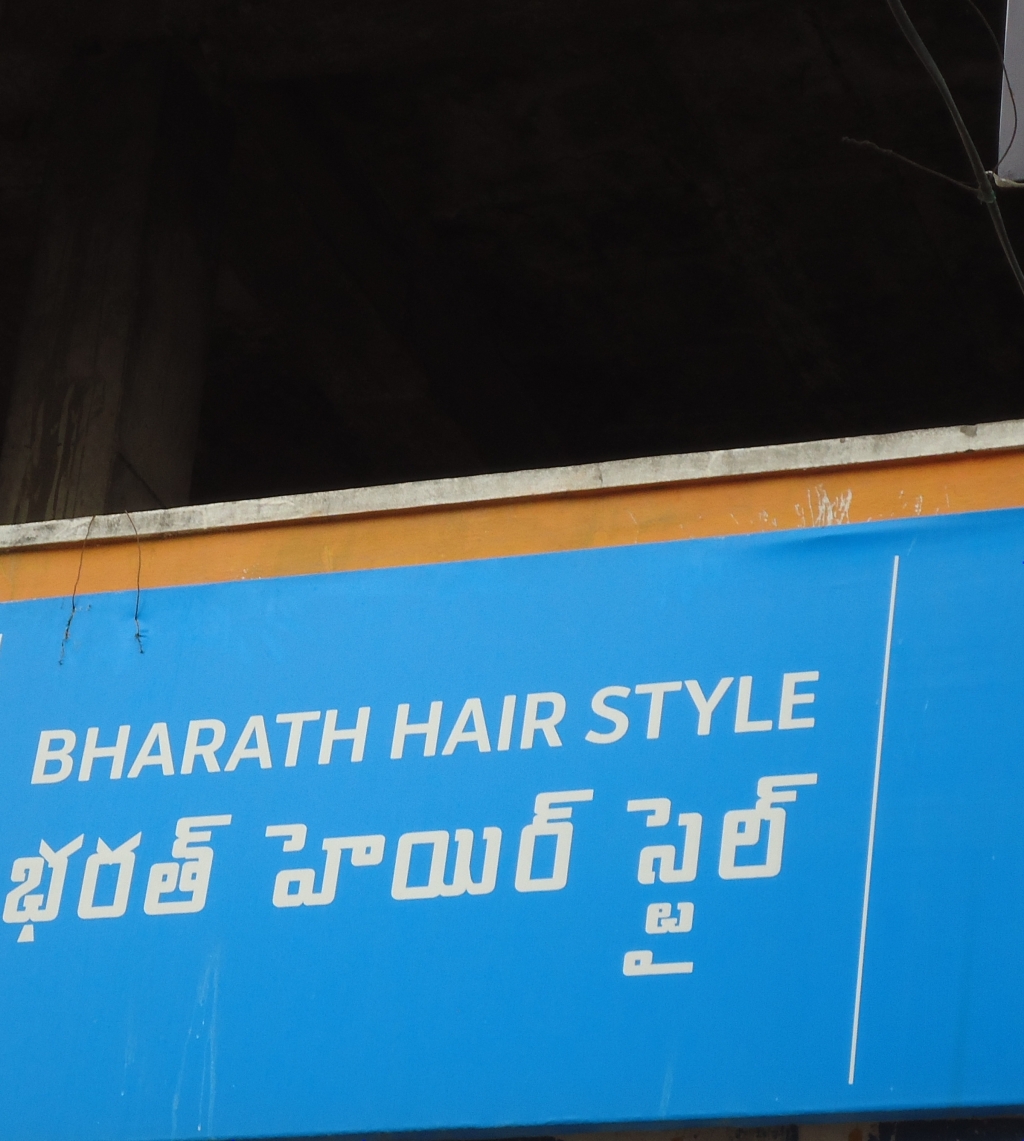
Language: telugu
Transcription: భరత్ హెయిర్ స్టైల్